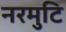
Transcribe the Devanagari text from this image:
नरमुटि